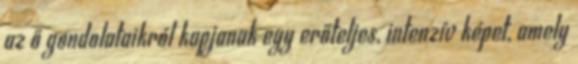
az ő gondolataikról kapjanak egy erőteljes, intenzív képet, amely